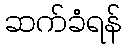
ဆက်ခံရန်